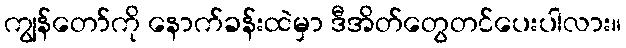
ကျွန်တော်ကို နောက်ခန်းထဲမှာ ဒီအိတ်တွေတင်ပေးပါလား။